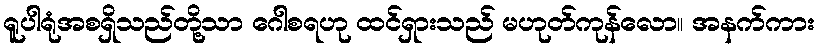
ရူပါရုံအစရှိသည်တို့သာ ဂေါစရဟု ထင်ရှားသည် မဟုတ်ကုန်လော။ အနက်ကား